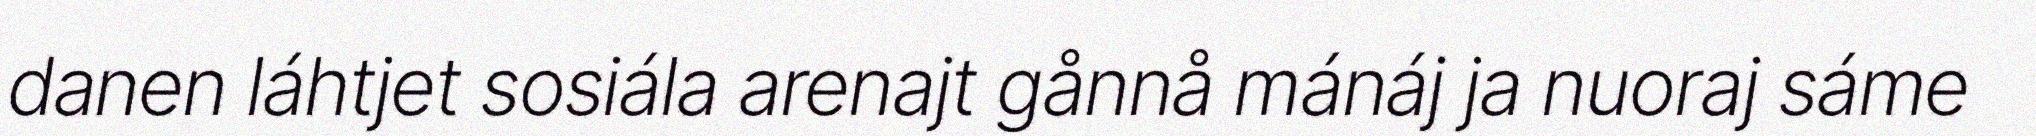
danen láhtjet sosiála arenajt gånnå mánáj ja nuoraj sáme